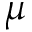
\mu